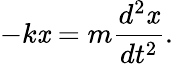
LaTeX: -k\mathit{x}=m{\frac{{d^{2}\mathit{x}}}{{dt^{2}}}}.